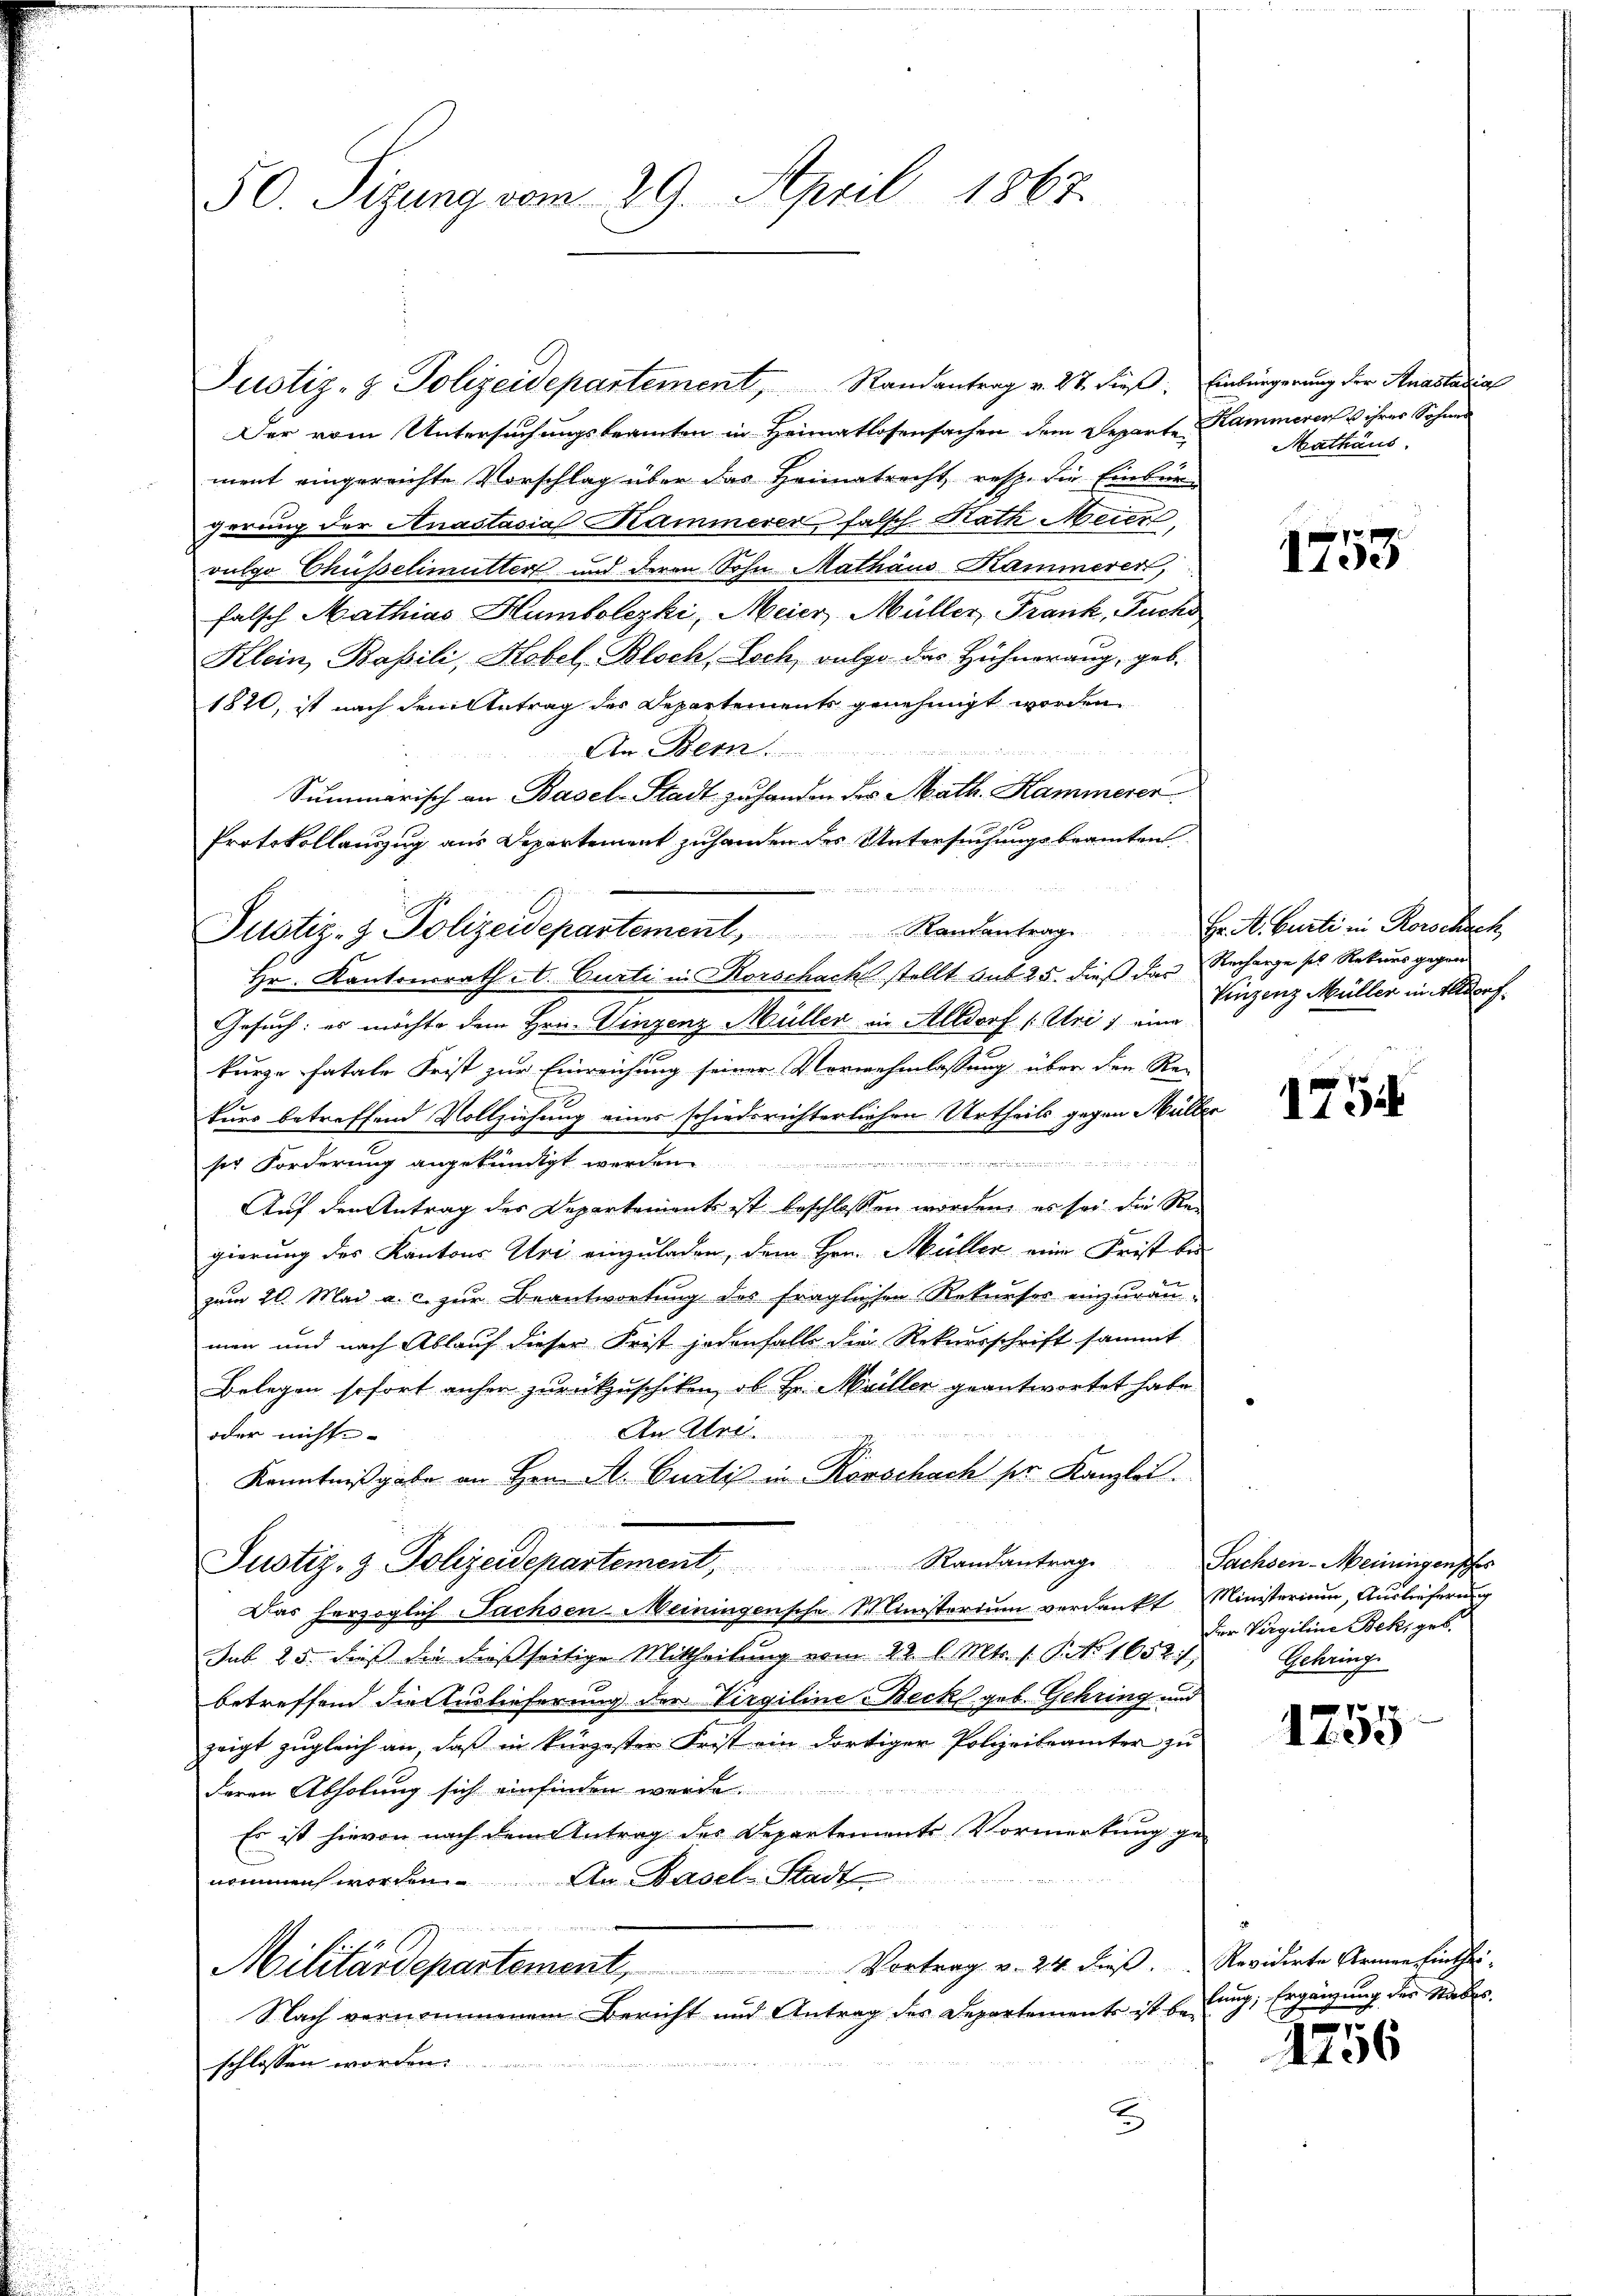
50. Sizung vom 29. April 1867.

Justiz- & Polizeidepartement, Randantrag v. 27. dieß. Einbürgerung der Anastasia
Der vom Untersuchungsbeamten in Heimatlosensachen dem Departe Kammeren u ihres Sohnes
ment eingereichte Vorschlag über das Heimatrecht resp. die Einburgerung der Anastasia Kammerer falsch Rath Meier,
vulgo Chüsselimutter und deren Sohn Mathaus Kammerer,
falsch Mathias Humbolezki, Meier, Müller, Frank, Fuchs
Klein, Basili, Hobel Bloch, Loch, vulgo der Hühnerang, geb.
1820, ist nach dem Antrag des Departements genehmigt worden.
An Bern.
Summarisch an Basel-Stadt zu handen des Math. Hammerer
Protokollauszug aus Departement zuhanden des Untersuchungsbeamten
Justiz- & Polizeidepartement, Randantrage
Hr. Kantonsrath A. Curti in Rorschach stellt aus 25. dieß das Recharge ses Rekurs gegen
Gesuch: es möchte dem Hrn. Vinzenz Müller in Altdorf (: Uri, eine
kurze fatale Frist zur Einreichung seiner Verwehmlassung über den Re-
kurs betreffend Vollziehung eines schiedsrichterlichen Urtheils gegen Müller
e
ser Forderung angekündigt werden.
e
Aŭf den Antrag des Departements ist beschlossen worden, es sei die Re-
gierung des Kantons Uri einzuladen, dem Hrn. Müller eine Frist be-
zum 20. Mai a. c. zur Beantwortung des fraglichen Rekurses einzuräu-
men und nach Ablauf dieser Frist jedenfalls die Rekursschrift sammt
Belegen sofort anher zurückzuschiken, ob Hr. Mailler geantwortet habe.
An Alre

oder nichts-
Kenntnißgabe an Hrn. A. Curti in Korschach ser Kanzlei
Justiz- & Polizeidepartement, Randantrage
Das herzoglich Sachsen Meiningensche Ministerium verdankt, Ministerium, Auslieferung
sub. 25. dieß die dießseitige Mittheilung vom 22. l. Mts. s. S. 1652,
betreffend die Auslieferung der Virgiline Beck geb. Gehring und
zeigt zugleich an, daß in kürzester Frist ein dortiger Polizeibeamter zu
Deren Abholung sich einfinden werde.
Es ist hievon nach dem Antrag des Departements Vormerkung ge-
nommen worden. An Basel-Stadt
x
Militärdepartement, Vortrag v. 24. dieβ. Revidirte Armen finthei-
Nach vernommenem Bericht und Antrag des Departements ist bedung, Ergänzung der Stabes
schlossen worden.

Mathaus

1759

Hr. A. Curti in Rorschick
Vinzenz Müller in Altdorf.

119.

Sachsen-Meiningenscher
der Vergiline Bek, geb.
Gehringe

1255

e

1106